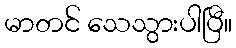
မာတင် သေသွားပါပြီ။